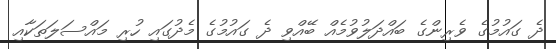
ދެ ގައުމުގެ ވެރިންގެ ބައްދަލުވުމެއް ބޭއްވި ދެ ގައުމުގެ މެދުގައި ހުރި މައްސަލަތަކާއި